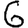
Digit: 6